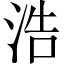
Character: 浩